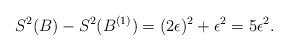
LaTeX: \begin{align*}S^{2}(B)-S^{2}(B^{(1)})=(2\epsilon)^{2}+\epsilon^{2}=5\epsilon^{2}.\end{align*}